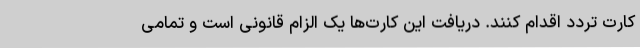
کارت تردد اقدام کنند. دریافت این کارت‌ها یک الزام قانونی است و تمامی